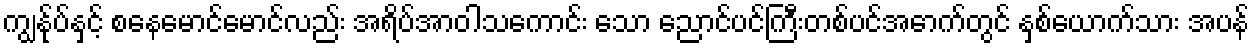
ကျွန်ုပ်နှင့် စနေမောင်မောင်လည်း အရိပ်အာဝါသကောင်း သော ညောင်ပင်ကြီးတစ်ပင်အောက်တွင် နှစ်ယောက်သား အပန်